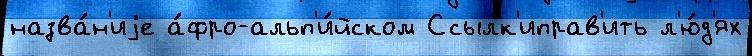
назва́н'иjе а́фро-альп'и́йском Ссылк'иправ'ить л'ю́д'ях